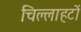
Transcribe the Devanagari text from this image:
चिल्लाहटों